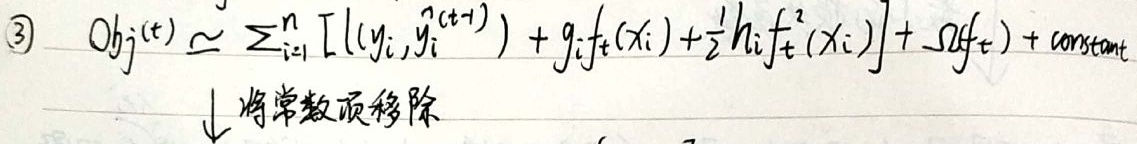
\textcircled{3} \(Obj^{(t)} \simeq \sum_{i = 1}^{n} \left[l(y_i, \hat{y}_i^{(t - 1)}) + g_if_t(x_i) + \frac{1}{2}h_if_t^2(x_i)\right] + \Omega(f_t) + \text{constant}\)
↓ 将常数项移除